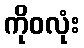
ကိုဝလုံး